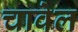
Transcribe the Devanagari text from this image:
चावेल